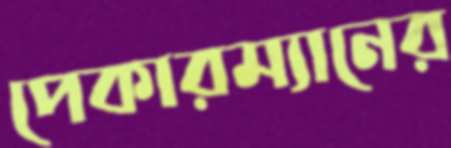
পেকারম্যানের